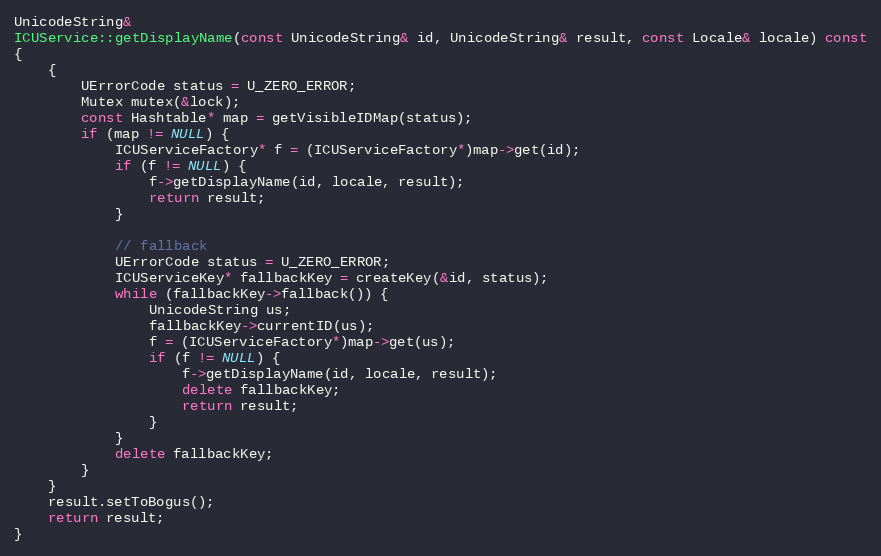
Language: C++
UnicodeString&
ICUService::getDisplayName(const UnicodeString& id, UnicodeString& result, const Locale& locale) const
{
    {
        UErrorCode status = U_ZERO_ERROR;
        Mutex mutex(&lock);
        const Hashtable* map = getVisibleIDMap(status);
        if (map != NULL) {
            ICUServiceFactory* f = (ICUServiceFactory*)map->get(id);
            if (f != NULL) {
                f->getDisplayName(id, locale, result);
                return result;
            }

            // fallback
            UErrorCode status = U_ZERO_ERROR;
            ICUServiceKey* fallbackKey = createKey(&id, status);
            while (fallbackKey->fallback()) {
                UnicodeString us;
                fallbackKey->currentID(us);
                f = (ICUServiceFactory*)map->get(us);
                if (f != NULL) {
                    f->getDisplayName(id, locale, result);
                    delete fallbackKey;
                    return result;
                }
            }
            delete fallbackKey;
        }
    }
    result.setToBogus();
    return result;
}